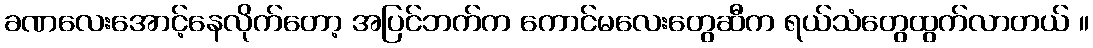
ခဏလေးအောင့်နေလိုက်တော့ အပြင်ဘက်က ကောင်မလေးတွေဆီက ရယ်သံတွေထွက်လာတယ် ။